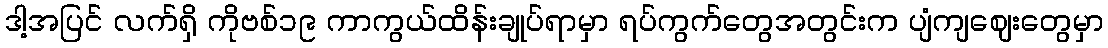
ဒါ့အပြင် လက်ရှိ ကိုဗစ်၁၉ ကာကွယ်ထိန်းချုပ်ရာမှာ ရပ်ကွက်တွေအတွင်းက ပျံကျဈေးတွေမှာ